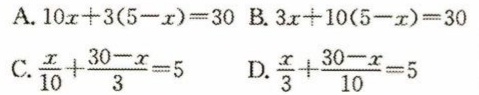
A. \(10x + 3(5 - x)=30\) B. \(3x + 10(5 - x)=30\)

C. \(\frac{x}{10}+\frac{30 - x}{3}=5\) D. \(\frac{x}{3}+\frac{30 - x}{10}=5\)